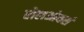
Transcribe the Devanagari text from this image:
रोलओवर्स